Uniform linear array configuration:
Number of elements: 8
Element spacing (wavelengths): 0.75
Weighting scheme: kaiser
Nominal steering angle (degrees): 0
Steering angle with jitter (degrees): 0.8401
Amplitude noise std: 0.05
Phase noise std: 0.05

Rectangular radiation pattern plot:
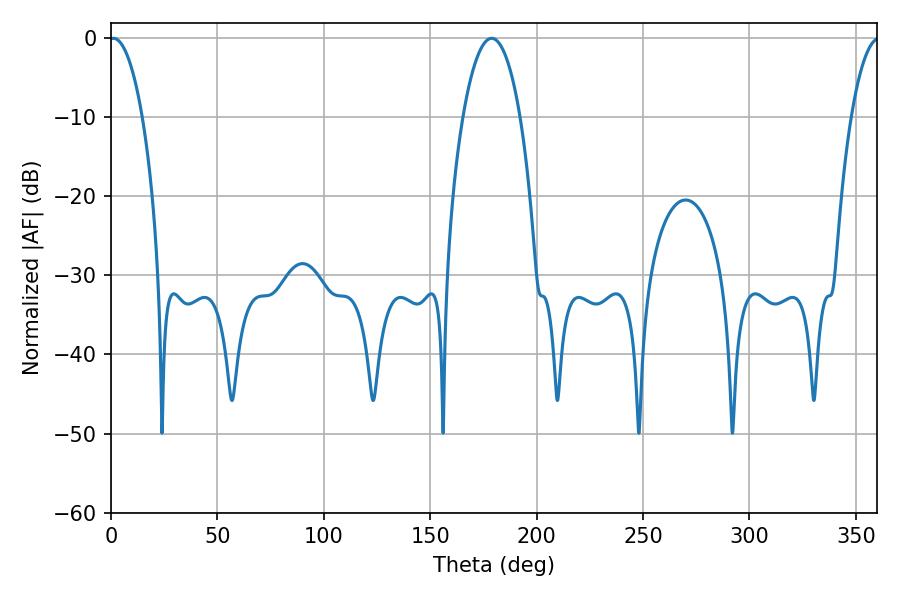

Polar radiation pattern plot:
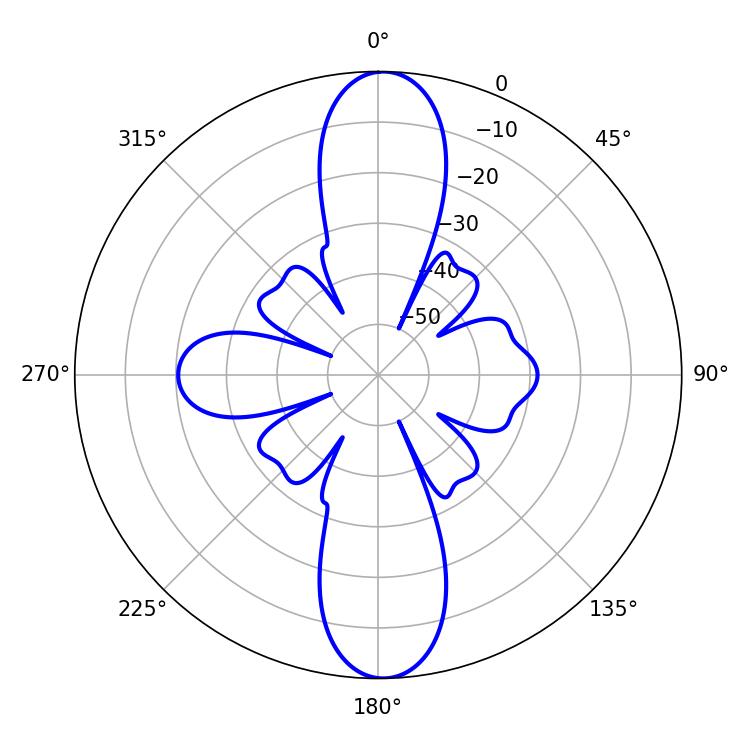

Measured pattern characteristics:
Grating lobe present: TRUE
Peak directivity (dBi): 23.519
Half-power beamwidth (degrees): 8.64
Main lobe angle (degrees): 1.08